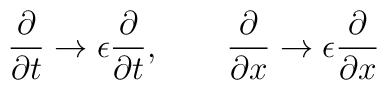
{\partial\over \partial t} \rightarrow \epsilon {\partial\over\partial t},\qquad {\partial\over \partial x} \rightarrow \epsilon{\partial \over \partial x}